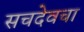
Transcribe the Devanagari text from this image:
सचदेवचा